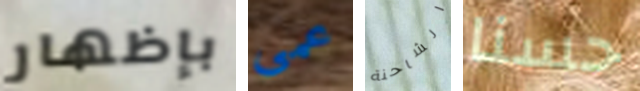
بإظهار عمى الشاحنة حسنا